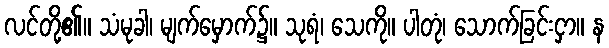
လင်တို့၏။ သံမုခါ၊ မျက်မှောက်၌။ သုရံ၊ သေကို။ ပါတုံ၊ သောက်ခြင်းငှာ။ န